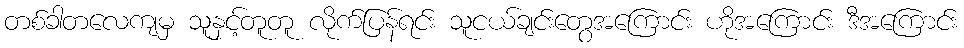
တစ်ခါတလေကျမှ သူနှင့်တူတူ လိုက်ပြန်ရင်း သူငယ်ချင်းတွေအကြောင်း ဟိုအကြောင်း ဒီအကြောင်း